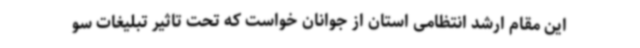
این مقام ارشد انتظامی استان از جوانان خواست که تحت تاثیر تبلیغات سو